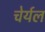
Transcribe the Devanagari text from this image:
चेर्यल